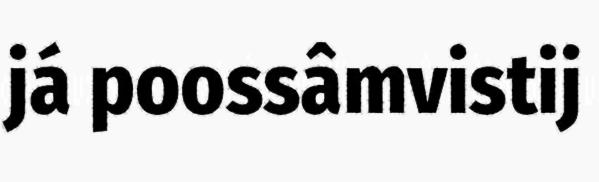
já poossâmvistij